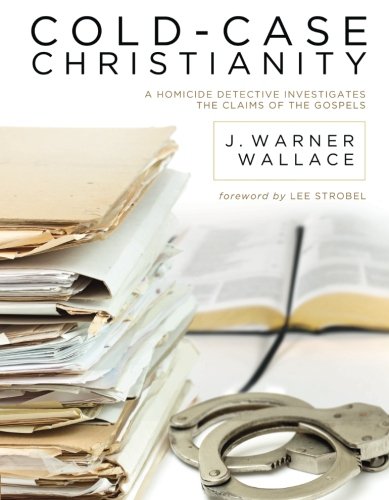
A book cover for Cold-Case Christianity: A Homicide Detective Investigates the Claims of the Gospels; J. Warner Wallace; Christian Books & Bibles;